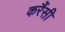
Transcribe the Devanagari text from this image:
करैंसी